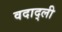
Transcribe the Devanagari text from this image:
वदाद्ली